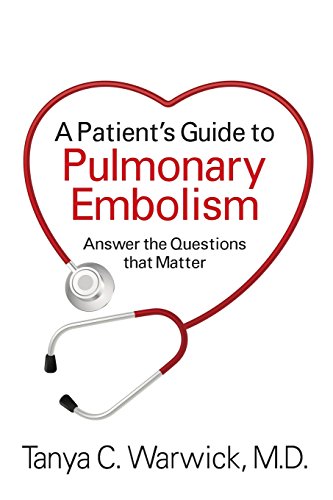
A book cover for A Patient's Guide to Pulmonary Embolism: Answer the Questions That Matter; Tanya C. Warwick MD; Health, Fitness & Dieting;